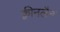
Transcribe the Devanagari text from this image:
क्वीनलैन